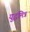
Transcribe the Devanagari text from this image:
युद्धमित्र